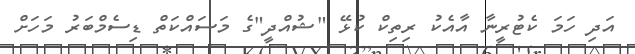
އަދި ހަމަ ކެޓުރީނާ އާއެކު ރިތިކް ކުޅޭ "ޝުއްދީ"ގެ މަސައްކަތް ޑިސެމްބަރު މަހަށް